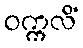
ဝက္ကလိံ